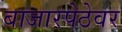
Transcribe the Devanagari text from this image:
बाजारपेठेवर